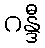
ဂန္ဒီ